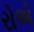
રોએ